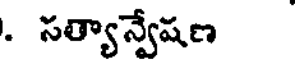
. సత్యాన్వేషణ